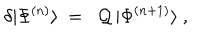
\delta | \Phi ^ { ( n ) } \rangle \ = \ \ { \cal Q } \, | \Phi ^ { ( n + 1 ) } \rangle \ ,